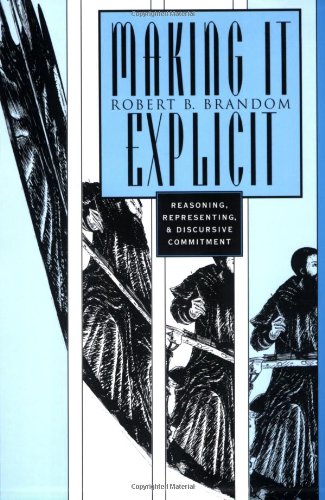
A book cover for Making it Explicit: Reasoning, Representing, and Discursive Commitment; Robert B. Brandom; Politics & Social Sciences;